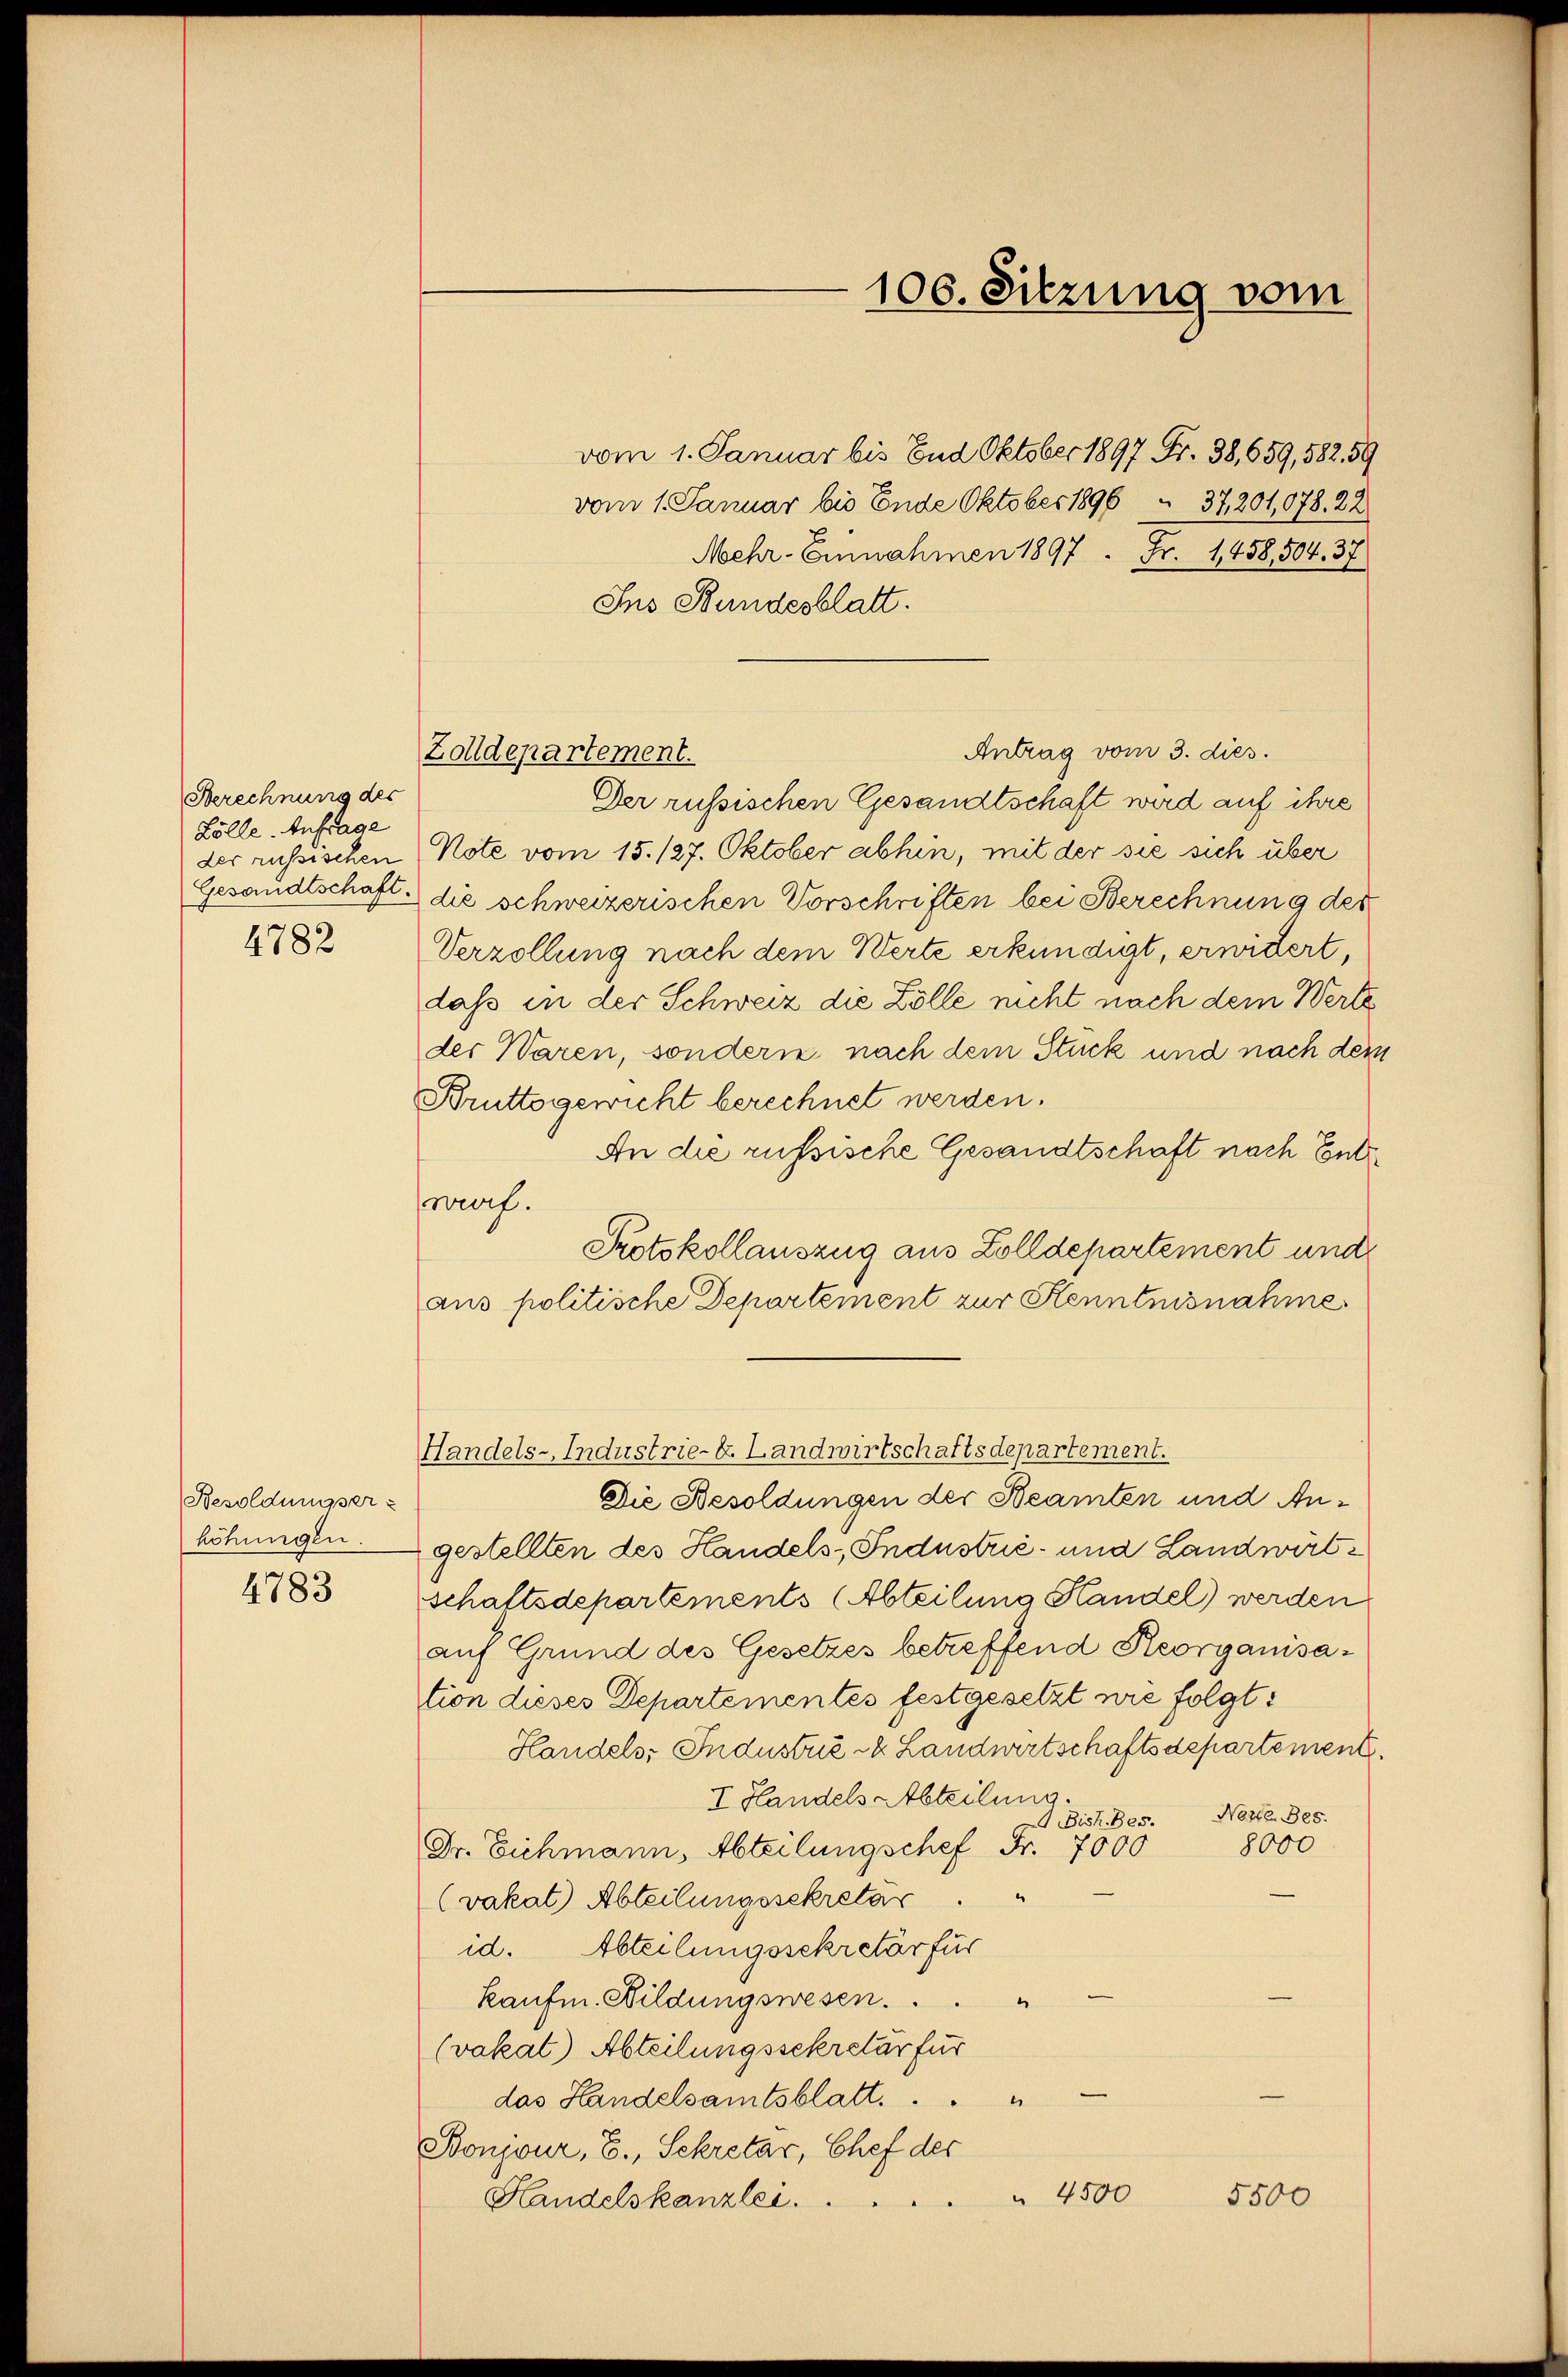
Berechnung des
Zölle. Anfrage
der russischen
4782

Besoldungser-
höhungen.
4783

vom 1. Januar bis End Oktober 1897 Fr. 38, 659, 582. 59
vom 1. Januar bis Ende Oktober 1896 & 37,201,078. 22
Mehr-Einnahmen 1897. Fr. 1458,504. 37
Ins Bundesblatt.
Antrag vom 3. dies.
Der russischen Gesandtschaft wird auf ihre
Note vom 15. 127. Oktober abhin, mit der sie sich über
Gesandtschaft die schweizerischen Vorschriften bei Berechnung der
Verzollung nach dem Werte erkundigt, erwidert,
dass in der Schweiz die Zölle nicht nach dem Werte
der Waren, sondern nach dem Stuck und nach dem
Bruttogewicht berechnet werden.
An die russische Gesandtschaft nach Ent
wrorf.
Protokollauszug aus Zolldepartement und
aus politische Departement zur Kenntnisnahme
Handels-Industrie-E. Landwirtschaftsdepartement.
Die Besoldungen der Beamten und Angestellten des Handels- Industrie- und Landwirtschaftsdepartements (Abteilung Handel) werden
auf Grund des Gesetzes betreffend Reorganisation dieses Departementes festgesetzt wie folgt:
Handels; Industrie in Landwirtschaftsdepartement.
I Handels Abteilung.
Bish.Bes. Neue Bes
8000
Dr. Eichmann, Abteilungschef Fr. 7000
(vakat) Abteilungssekretär
id. Abteilungssekretär für
kaufe. Bildungswesen.
(vakat) Abteilungssekretär für
das Handelsamtsblatt.  ..  .
Bonjour, E., Sekretär, Chef der
 4500
5500
Handelskanzlei.

Zolldepartement.

100. Sitzung vom